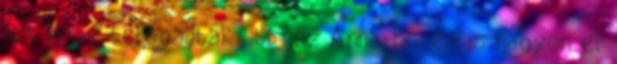
azt hogy befogadták stb az Anna-Bates is nagyon el